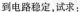
到电路稳定，试求: